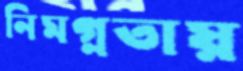
নিমগ্নতায়